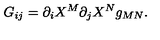
G _ { i j } = { \partial _ { i } } X ^ { M } { \partial _ { j } } X ^ { N } g _ { M N } .